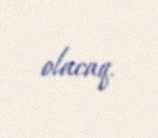
olacaq.